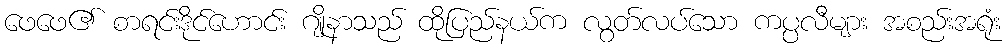
ဖေဖေ၏ စာရင်းဒိုင်ဟောင်း ဂျိုနာသည် ထိုပြည်နယ်က လွတ်လပ်သော ကပ္ပလီများ အစည်းအရုံး